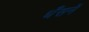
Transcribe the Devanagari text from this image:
धँसनें